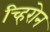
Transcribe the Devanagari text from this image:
च्हिरोन